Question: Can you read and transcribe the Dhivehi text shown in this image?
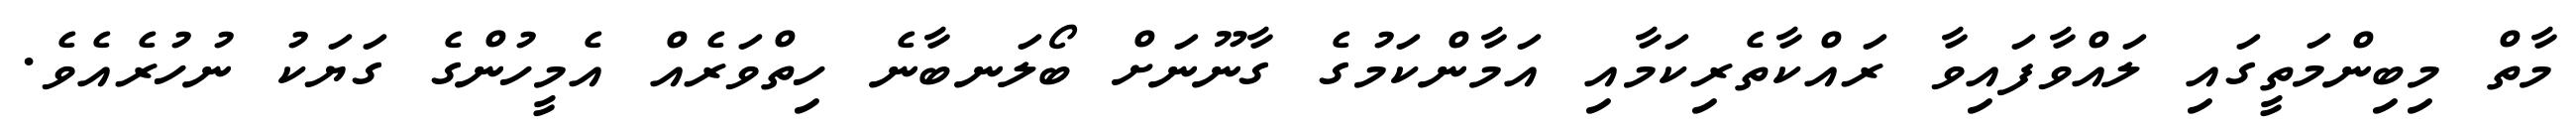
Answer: މާތް މިބިންމަތީގައި ލައްވާފައިވާ ރައްކާތެރިކަމާއި އަމާންކަމުގެ ގާނޫނަށް ބޯލަނބާނެ ހިތްވަރެއް އެމީހުންގެ ގަޔަކު ނުހުރެއެވެ.